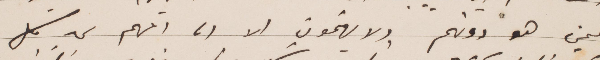
فيمن هو دونهم ولا يهتمون الا لما اتهم من كل